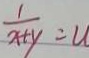
\frac { 1 } { x + y } = u